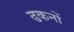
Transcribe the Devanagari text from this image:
ढकनों